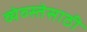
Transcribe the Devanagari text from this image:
व्येव्स्तेसाठी